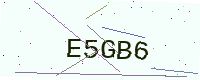
Text: E5GB6